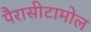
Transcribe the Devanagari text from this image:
पैरासीटामोल